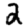
Digit: 2